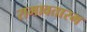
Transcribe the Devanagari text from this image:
रामावतारम